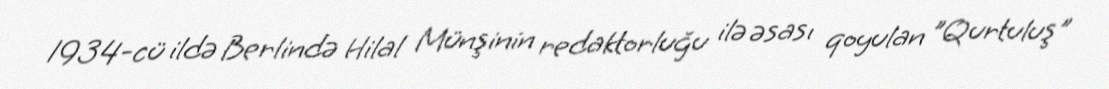
1934-cü ildə Berlində Hilal Münşinin redaktorluğu ilə əsası qoyulan "Qurtuluş"